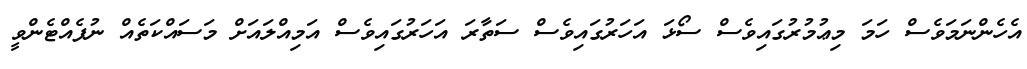
އެހެންނަމަވެސް ހަމަ މިޢުމުރުގައިވެސް ސޯޅަ އަހަރުގައިވެސް ސަތާރަ އަހަރުގައިވެސް އަމިއްލައަށް މަސައްކަތެއް ނުފެއްޓެންވީ